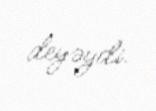
deyəydi.